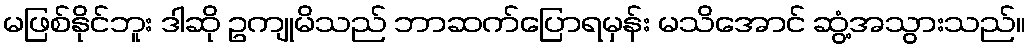
မဖြစ်နိုင်ဘူး ဒါဆို ဥကျုမိသည် ဘာဆက်ပြောရမှန်း မသိအောင် ဆွံ့အသွားသည်။